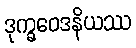
ဒုက္ခဝေဒနိယဿ